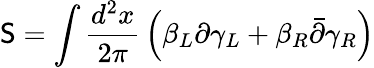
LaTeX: \mathsf{S}=\int{\frac{{d^{2}x}}{{2\pi}}}\left(\beta_{L}\partial\gamma_{L}+\beta_{R}\bar{{\partial}}\gamma_{R}\right)